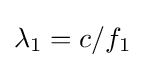
\lambda _{1}=c/f_{1}